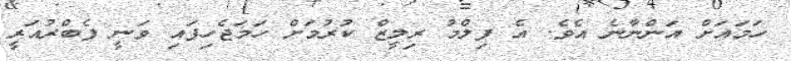
ހަމައަށް އަންނާނެ އެވެ. އެ ފިލްމު ރިލީޒް ކުރުމަށް ހަމަޖެހިފައި ވަނީ ފެބްރުއަރީ